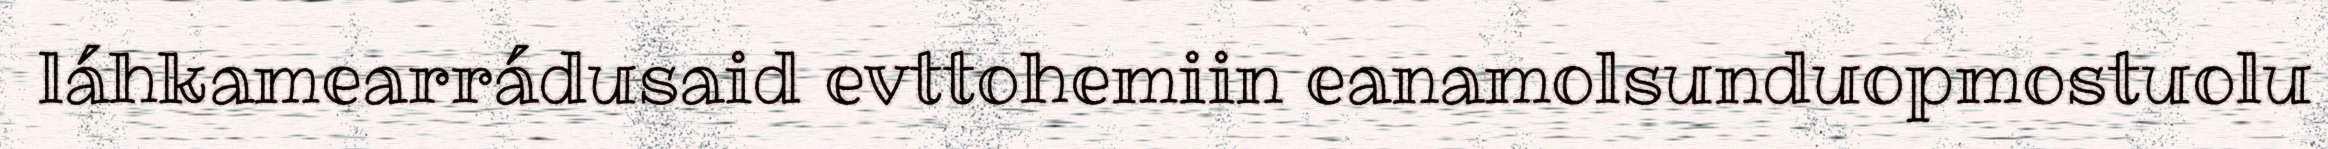
láhkamearrádusaid evttohemiin eanamolsunduopmostuolu